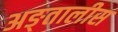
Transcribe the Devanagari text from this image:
अङ्तालीस